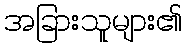
အခြားသူများ၏